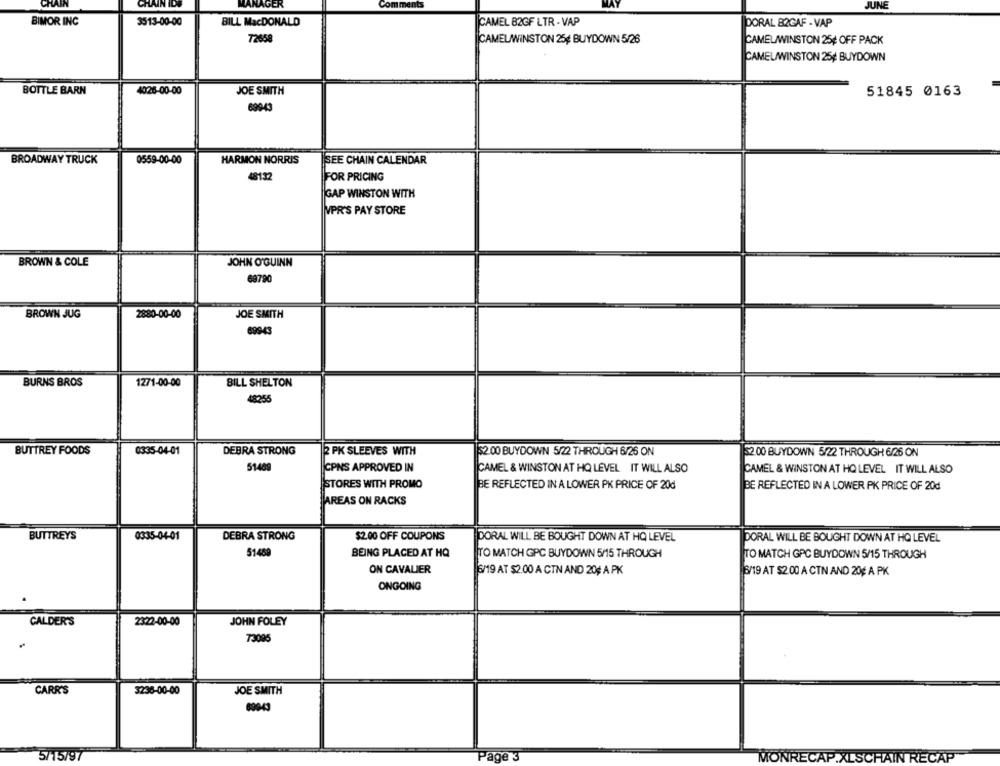
CHAIN
CHAIN IDS
MANAGER
JUNE
BIMOR INC
3513-00-00
BILL MacDONALD
CAMEL B2GF LTR - VAP
DORAL 82GAF - VAP
72658
CAMELWINSTON 25# BUYDOWN 5/26
CAMELAWINSTON 25¢ OFF PACK
CAMEL/WINSTON 25¢ BUYDOWN
BOTTLE BARN
4026-00-00
JOE SMITH
51845 0163
69943
BROADWAY TRUCK
0559-00-00
HARMON NORRIS
SEE CHAIN CALENDAR
48132
FOR PRICING
GAP WINSTON WITH
NPR'S PAY STORE
BROWN & COLE
JOHN O'GUINN
6979
BROWN JUG
28:80-00-00
JOE SMITH
69943
BURNS BROS
1271-00-00
BILL SHELTON
8255
BUTTREY FOODS
0335-04-01
DEBRA STRONG
2 PK SLEEVES WITH
$2.00 BUYDOWN 5/22 THROUGH 6/26 ON
52.00 BUYDOWN 5/22 THROUGH 6/26 ON
51489
CPNS APPROVED IN
CAMEL & WINSTON AT HQ LEVEL IT WILL ALSO
CAMEL & WINSTON AT HO LEVEL IT WILL ALSO
STORES WITH PROMO
BE REFLECTED IN A LOWER PK PRICE OF 20d
BE REFLECTED IN A LOWER PK PRICE OF 20d
AREAS ON RACKS
BUTTREYS
0335-04-01
DEBRA STRONG
$2.00 OFF COUPONS
DORAL WILL BE BOUGHT DOWN AT HQ LEVEL
DORAL WILL BE BOUGHT DOWN AT HO LEVEL
51489
BEING PLACED AT HQ
TO MATCH GPC BUYDOWN 5/15 THROUGH
TO MATCH GPC BUYDOWN 5/15 THROUGH
ON CAVALIER
6/19 AT $2.00 A CTN AND 20¢ A PK
6/19 AT $2.00 A CTN AND 20¢ A PK
ONGOING
CALDER'S
23:22-00-00
JOHN FOLEY
73095
CARR'S
3236-00-00
JOE SMITH
69043
5/15/97
Page 3
MONRECAP.XLSCHAIN RECAP